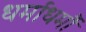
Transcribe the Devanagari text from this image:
धर्माधर्मौ